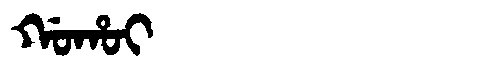
Manchu: ᡤᠣᡥᠣᡳ
Romanization: GOHOI